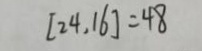
[ 2 4 , 1 6 ] = 4 8